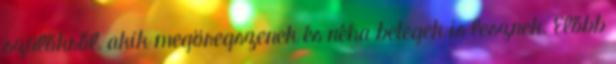
szülőkről, akik megöregszenek és néha betegek is lesznek. Előbb